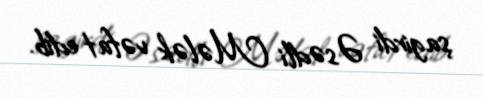
şagirdi Əsədli Mələk vəfat edib.